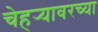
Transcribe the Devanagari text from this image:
चेहर्‍यावरच्या